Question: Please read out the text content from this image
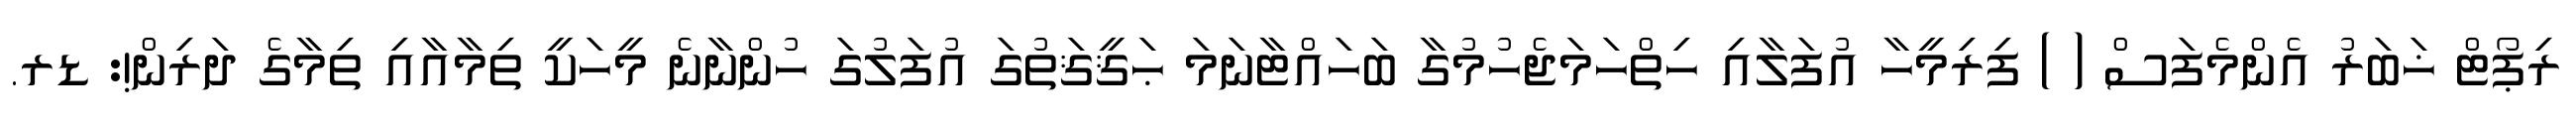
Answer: ރިޕޯޓް ޚަބަރު އެންމެފަސް ( ) ފިރިމީހާ އުފަލާއި ހިތްހަމަޖެހުމުގާ ބަހައްޓާނަމަ ޙަޤީޤަތުގަ އުފަލުގަ ހުންނާނެ މީހަކީ ތިމާއާއި ތިމާގެ ދަރިން!: ޑރ.